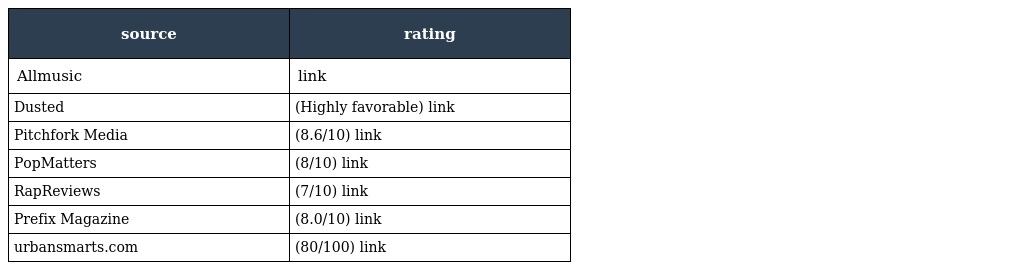
| source | rating |
 | --- | --- |
 | Allmusic | link |
 | Dusted | (Highly favorable) link |
 | Pitchfork Media | (8.6/10) link |
 | PopMatters | (8/10) link |
 | RapReviews | (7/10) link |
 | Prefix Magazine | (8.0/10) link |
 | urbansmarts.com | (80/100) link |